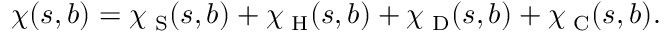
\chi ( s , b ) = \chi _ { \mathrm { \scriptsize ~ S } } ( s , b ) + \chi _ { \mathrm { \scriptsize ~ H } } ( s , b ) + \chi _ { \mathrm { \scriptsize ~ D } } ( s , b ) + \chi _ { \mathrm { \scriptsize ~ C } } ( s , b ) .